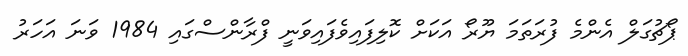
ޕޯޗުގަލް އެންމެ ފުރަތަމަ ޔޫރޯ އަކަށް ކޮލިފައިވެފައިވަނީ ފްރާންސްގައި 1984 ވަނަ އަހަރު